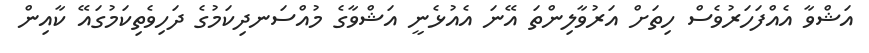
އަޝްވާ އެއްފަހަރުވެސް ހިތަށް އަރުވާލިންތަ އޭނަ އެއުޅެނީ އަޝްވާގެ މުއްސަނދިކަމުގެ ދަހިވެތިކަމުގައޭ ކާއިން